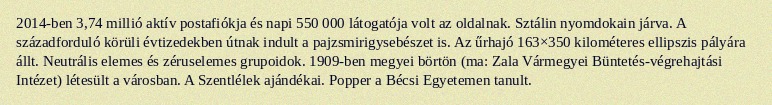
2014-ben 3,74 millió aktív postafiókja és napi 550 000 látogatója volt az oldalnak. Sztálin nyomdokain járva. A századforduló körüli évtizedekben útnak indult a pajzsmirigysebészet is. Az űrhajó 163×350 kilométeres ellipszis pályára állt. Neutrális elemes és zéruselemes grupoidok. 1909-ben megyei börtön (ma: Zala Vármegyei Büntetés-végrehajtási Intézet) létesült a városban. A Szentlélek ajándékai. Popper a Bécsi Egyetemen tanult.